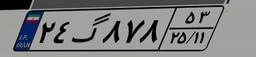
۲۴گ۸۷۸۵۳